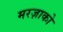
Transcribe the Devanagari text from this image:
मरज़ाको